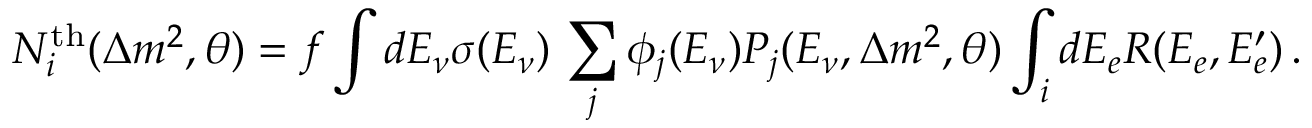
N _ { i } ^ { \mathrm { t h } } ( \Delta m ^ { 2 } , \theta ) = f \int d E _ { \nu } \sigma ( E _ { \nu } ) \, \sum _ { j } \phi _ { j } ( E _ { \nu } ) P _ { j } ( E _ { \nu } , \Delta m ^ { 2 } , \theta ) \int _ { i } d E _ { e } R ( E _ { e } , E _ { e } ^ { \prime } ) \, .